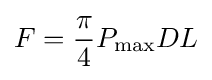
F={\frac {\pi }{4}}P_{\max }DL